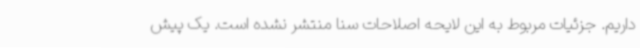
داریم. جزئیات مربوط به این لایحه اصلاحات سنا منتشر نشده است. یک پیش